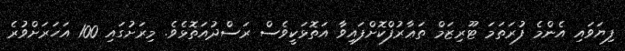
ފިޔަވައި އެންމެ ފުރަތަމަ ޓޫރިޒަމް ތަޢާރުފްކޮށްފައިވާ އަތޮޅަކީވެސް ރަސްދުއަތޮޅެވެ. މިރަށުގައި 100 އަހަރަށްވުރެ